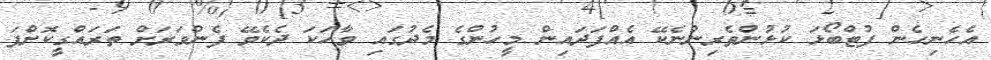
އެހެނިހެން ފުޓްބޯޅަ ކުޅުންތެރިންނެކޭ އެއްފަދައިން މީހުންގެ މެދުގައި ވާހަކަ ދެކެވޭ ފެންވަރަށް ތަރައްގީކޮށްފަ